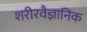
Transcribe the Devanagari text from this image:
शरीरवैज्ञानिक